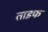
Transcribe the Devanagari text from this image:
ताइफ